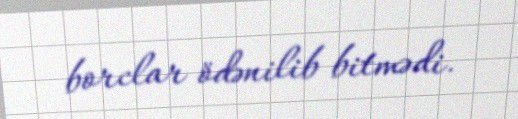
borclar ödənilib bitmədi.